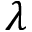
\lambda